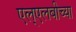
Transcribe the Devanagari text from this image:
एल्‌एलबीच्या